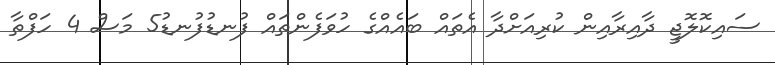
ސައިކޮލޮޖީ ދާއިރާއިން ކުރިއަށްދާ އެތައް ބައެއްގެ ހުވަފެންތައް ފުނޑުފުނޑު5 މަސް 4 ހަފްތާ